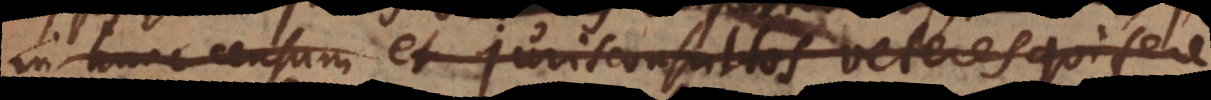
in hunc censum et Jurisconsultos veteres qui fere